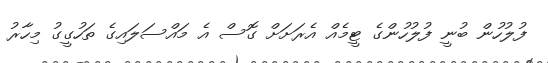
ފުލުހުން ބުނީ ފުލުހުންގެ ޓީމެއް އެރަށަށް ގޮސް އެ މައްސަލައިގެ ތަހުގީގު މިހާރު